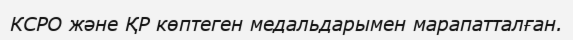
КСРО және ҚР көптеген медальдарымен марапатталған.